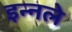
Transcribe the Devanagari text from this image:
इन्नले